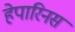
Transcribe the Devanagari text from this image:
हेपारिनस